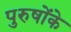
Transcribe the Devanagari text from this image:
पुरुषोंके